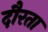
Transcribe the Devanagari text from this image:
दौरता